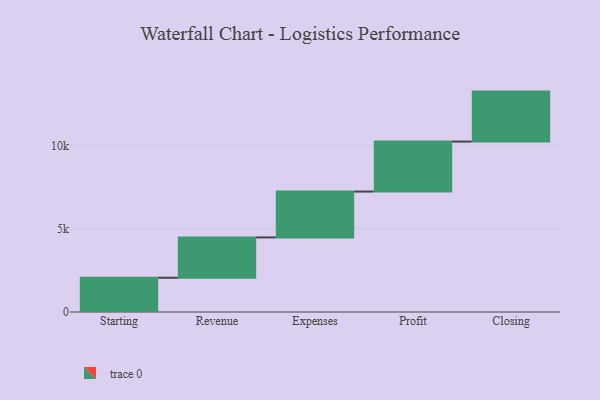
{"axis": {"x": "Step", "y": "Value"}, "legend": [""], "data": [{"x": "Starting", "y": 2057.0, "type": ""}, {"x": "Revenue", "y": 2421.0, "type": ""}, {"x": "Expenses", "y": 2753.0, "type": ""}, {"x": "Profit", "y": 3000, "type": ""}, {"x": "Closing", "y": 3000, "type": ""}]}